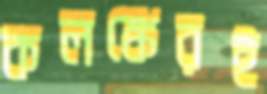
কলঙ্কেরই